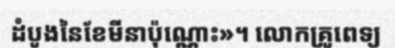
ដំបូងនៃខែមីនាប៉ុណ្ណោះ»។ លោកគ្រូពេទ្យ